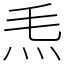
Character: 𤆬